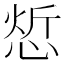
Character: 𢜦